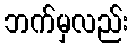
ဘက်မှလည်း